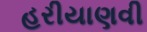
હરીયાણવી